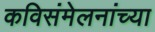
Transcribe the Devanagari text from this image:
कविसंमेलनांच्या